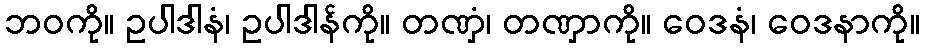
ဘဝကို။ ဥပါဒါနံ၊ ဥပါဒါန်ကို။ တဏှံ၊ တဏှာကို။ ဝေဒနံ၊ ဝေဒနာကို။